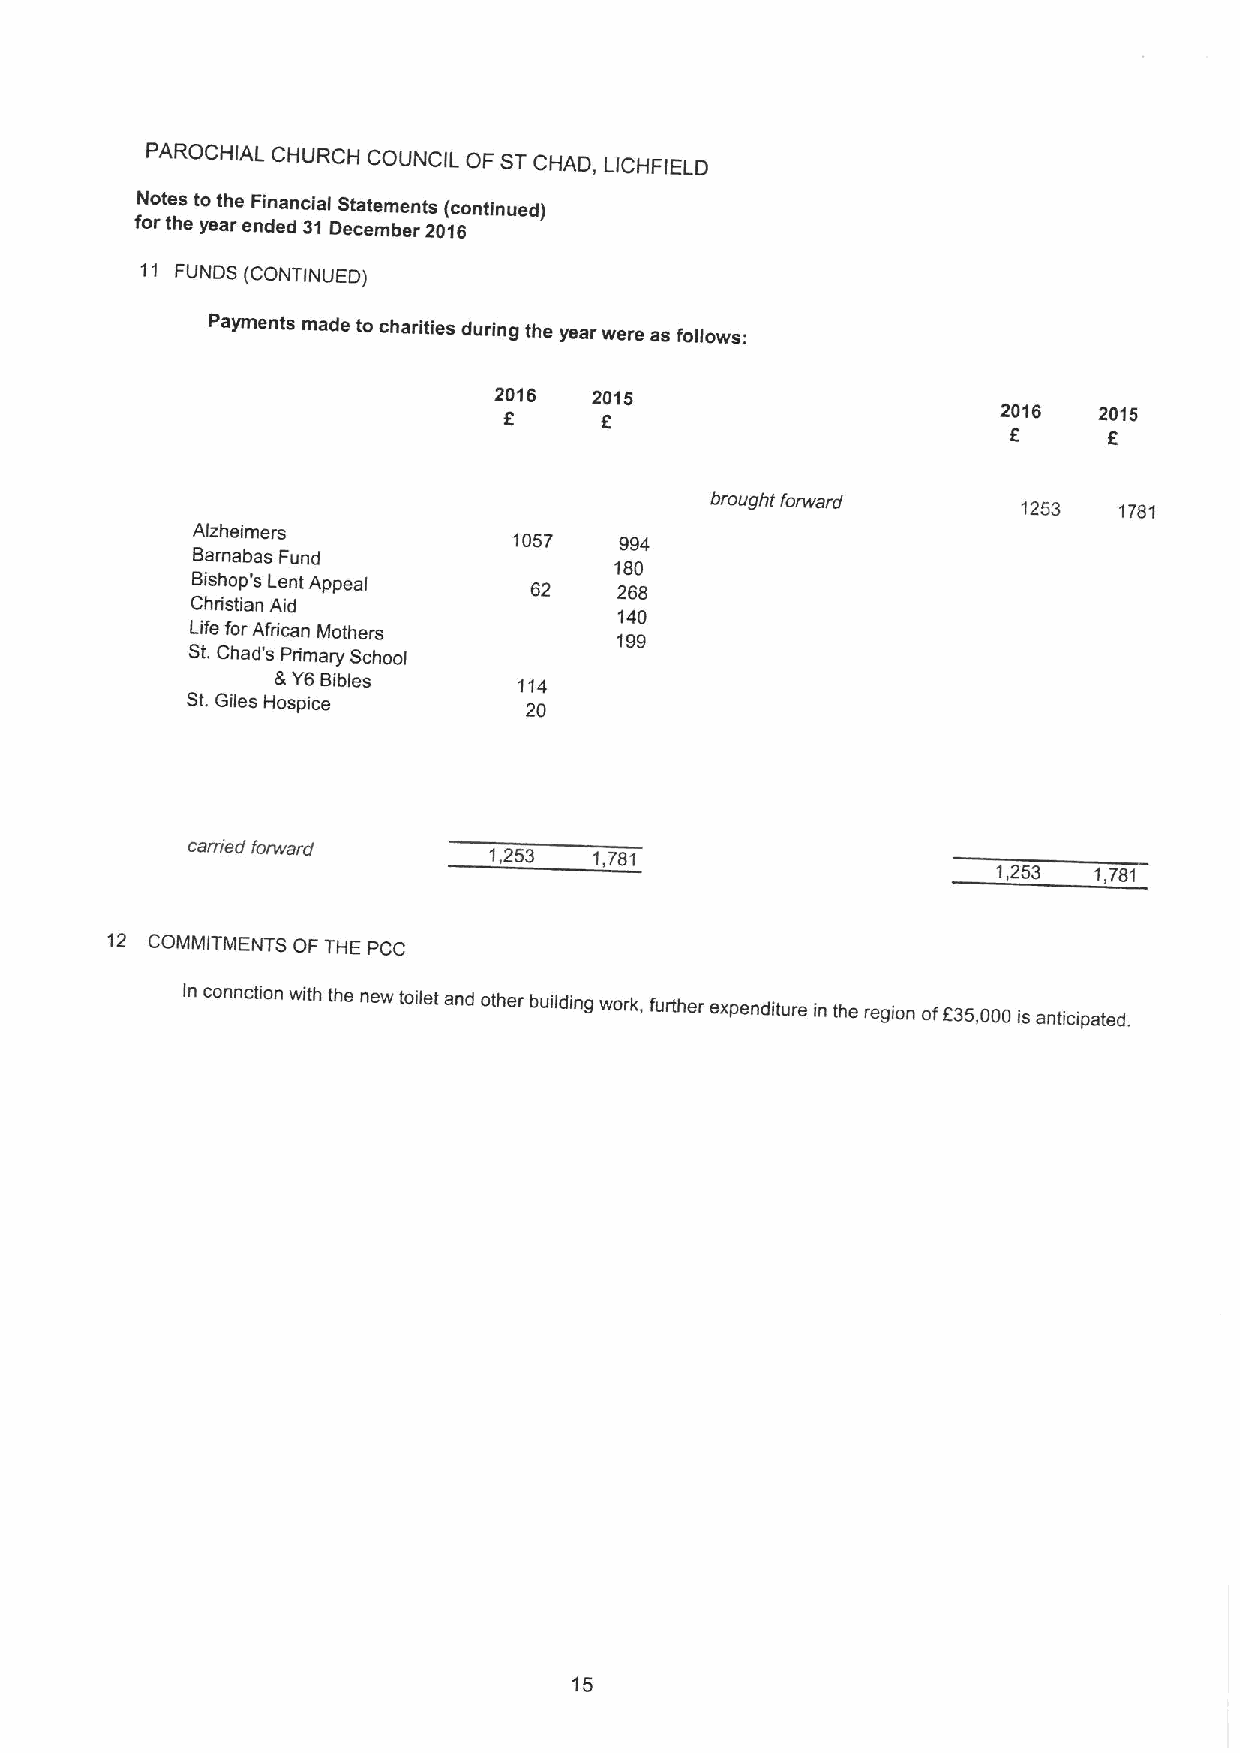
PAROCHIAL CHURCH COUNCIL OF STCHAD,
 I ICHFIELD
 Notes tothe Financial Statements (continued)
 forthe year ended 31December 2016
 11 FUNDS (CONTINUED)
 Payments made to charities during the year were as follows:
 2016  2015
 2016   2015
 6
 brought forward      1253  1781
 Alzheimers
 1057   994
 Barnabas Fund
 180
 Bishop's Lent Appeal  62    268
 Christian Aid
 140
 Life forAfrican Mothers     199
 St.Chad's
 Primary School
 &Y6Bibles       114
 St.Giles Hospice       20
 carried forward     1,253  1,781
 1,253 1,781
 12 COMMITMENTS OF THE PCC
 in connction with the new toilet and other building work, further expenditure in the region off35,000 is anticipated.
 15